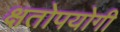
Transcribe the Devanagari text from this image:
क्षतोपयोगी